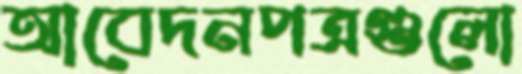
আবেদনপত্রগুলো